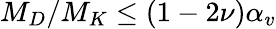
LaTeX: M_{D}/M_{K}\leq(1-2\nu)\alpha_{v}